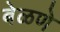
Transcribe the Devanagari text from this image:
बेळणे